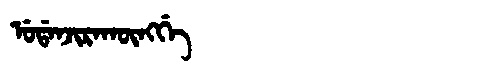
Manchu: ᡠᡩᠠᠨᠵᡳᡵᠠᡴᡡᠩᡤᡝ
Romanization: UDANJIRAKŪNGGE